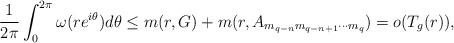
LaTeX: \begin{align*}\frac{1}{2\pi}\int_{0}^{2\pi}\omega(re^{i\theta})d\theta \leq m(r,G) + m(r,A_{m_{q-n}m_{q-n+1}\cdots m_{q}}) = o(T_{g}(r)),\end{align*}